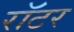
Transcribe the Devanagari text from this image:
रॉटर